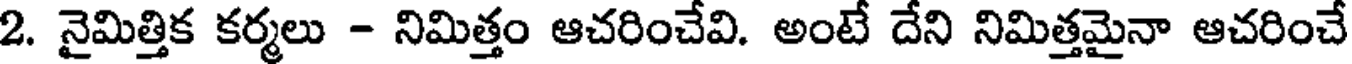
2. నైమిత్తిక కర్మలు - నిమిత్తం ఆచరించేవి. అంటే దేని నిమిత్తమైనా ఆచరించే